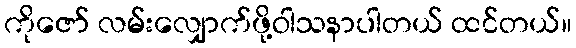
ကိုဇော် လမ်းလျှောက်ဖို့ဝါသနာပါတယ် ထင်တယ်။